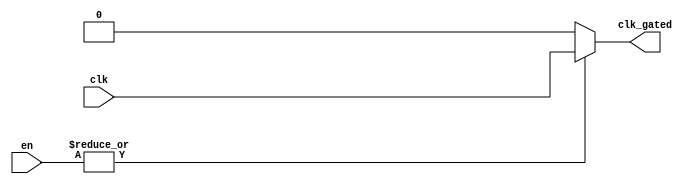
module clock_gating (
    input wire clk,                // Primary clock signal
    input wire [N-1:0] en,        // Enable signals (N can be adjusted as needed)
    output wire clk_gated          // Gated clock signal output
);

parameter N = 4; // Number of enable signals, adjust as needed

// Internal signal to hold the OR'd enable signals
wire or_enable;

// Generate OR gate for enable signals
assign or_enable = |en; // Logical OR of all enable signals

// Gated clock logic
assign clk_gated = or_enable ? clk : 1'b0; // If any enable signal is high, pass clk, otherwise output low

endmodule